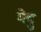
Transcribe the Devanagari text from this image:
भेदु